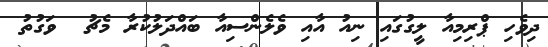
ދިވެހި ޕްރިމިއާ ލީގުގައި ނިއު އާއި ވެލެންސިއާ ބައްދަލުކުރާ މެޗު  ވަގުތު